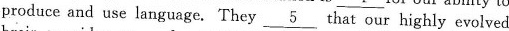
produce and use language. They \underline{5} that our highly evolved